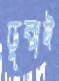
ডুবাই